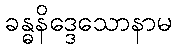
ခန္ဓနိဒ္ဒေသောနာမ